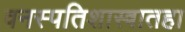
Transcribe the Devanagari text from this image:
वनस्पतिशास्त्रातहा